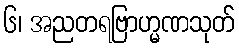
၆၊ အညတရဗြာဟ္မဏသုတ်